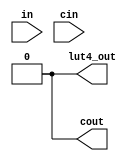
module adder_lut4(
   output lut4_out,
   (* abc9_carry *)
   output cout,
   input [0:3] in,
   (* abc9_carry *)
   input cin
);
    parameter [0:15] LUT=0;
    parameter IN2_IS_CIN = 0;

    wire [0:3] li = (IN2_IS_CIN) ? {in[0], in[1], cin, in[3]} : {in[0], in[1], in[2], in[3]};

    // Output function
    wire [0:7] s1 = li[0] ?
        {LUT[0], LUT[2], LUT[4], LUT[6], LUT[8], LUT[10], LUT[12], LUT[14]}:
        {LUT[1], LUT[3], LUT[5], LUT[7], LUT[9], LUT[11], LUT[13], LUT[15]};

    wire [0:3] s2 = li[1] ? {s1[0], s1[2], s1[4], s1[6]} : 
                            {s1[1], s1[3], s1[5], s1[7]};

    wire [0:1] s3 = li[2] ? {s2[0], s2[2]} : {s2[1], s2[3]};

    assign lut4_out = li[3] ? s3[0] : s3[1];
    
    // Carry out function
    assign cout = (s2[2]) ? cin : s2[3];
endmodule